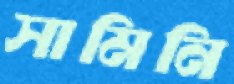
সামিনি